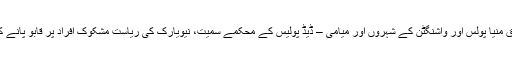
پولیس کے افسروں پر گلے کو دبانے والے طریقے استعمال کرنے پر پابندی — اخباری اطلاعات کے مطابق منیا پولس اور واشنگٹن کے شہروں اور میامی – ڈیڈ پولیس کے محکمے سمیت، نیویارک کی ریاست مشکوک افراد پر قابو پانے کے لیے پولیس افسران کے گلے کو دبانے والے طریقے استعمال کرنے پر پابندی لگانے پر کام کر رہی ہے۔